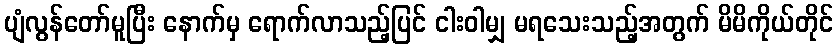
ပျံလွန်တော်မူပြီး နောက်မှ ရောက်လာသည့်ပြင် ငါးဝါမျှ မရသေးသည့်အတွက် မိမိကိုယ်တိုင်